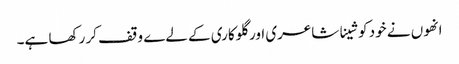
انھوں نے خود کو شینا شاعری اور گلوکاری کے لےے وقف کر رکھا ہے۔